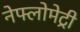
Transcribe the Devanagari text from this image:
नेफ्लोमेट्री